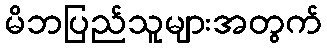
မိဘပြည်သူများအတွက်